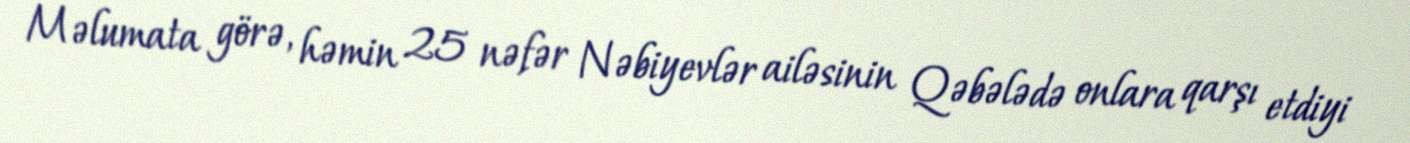
Məlumata görə, həmin 25 nəfər Nəbiyevlər ailəsinin Qəbələdə onlara qarşı etdiyi